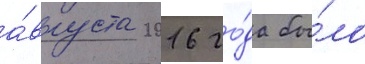
а́вгуста 2016 го́да бы́ло